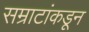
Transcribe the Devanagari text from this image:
सम्राटांकडून